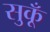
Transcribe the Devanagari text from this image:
सुकूँ